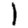
Digit: 1